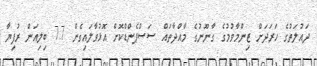
ދައުލަތުގެ ހަރަދަށް ޒިންމާވުމުގެ ގާނޫނުގެ މާއްދާތައް ސަސްޕެންޑްކޮށް އޮޅުވާލައިގެން 7.7 ބިލިއަން ރުފިޔާ